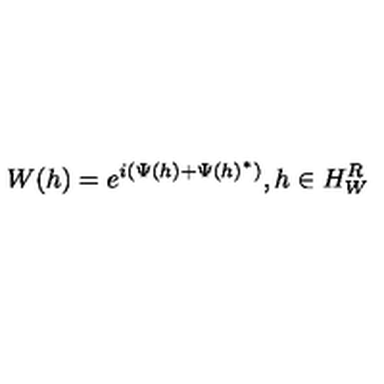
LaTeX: W ( h ) = e ^ { i ( \Psi ( h ) + \Psi ( h ) ^ { * } ) } , h \in H _ { W } ^ { R }